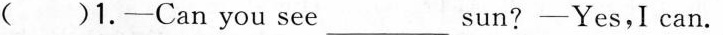
( )1.-Can you see __ _sun?-Yes,I can.